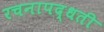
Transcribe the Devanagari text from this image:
रचनापद्धती